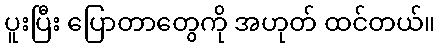
ပူးပြီး ပြောတာတွေကို အဟုတ် ထင်တယ်။